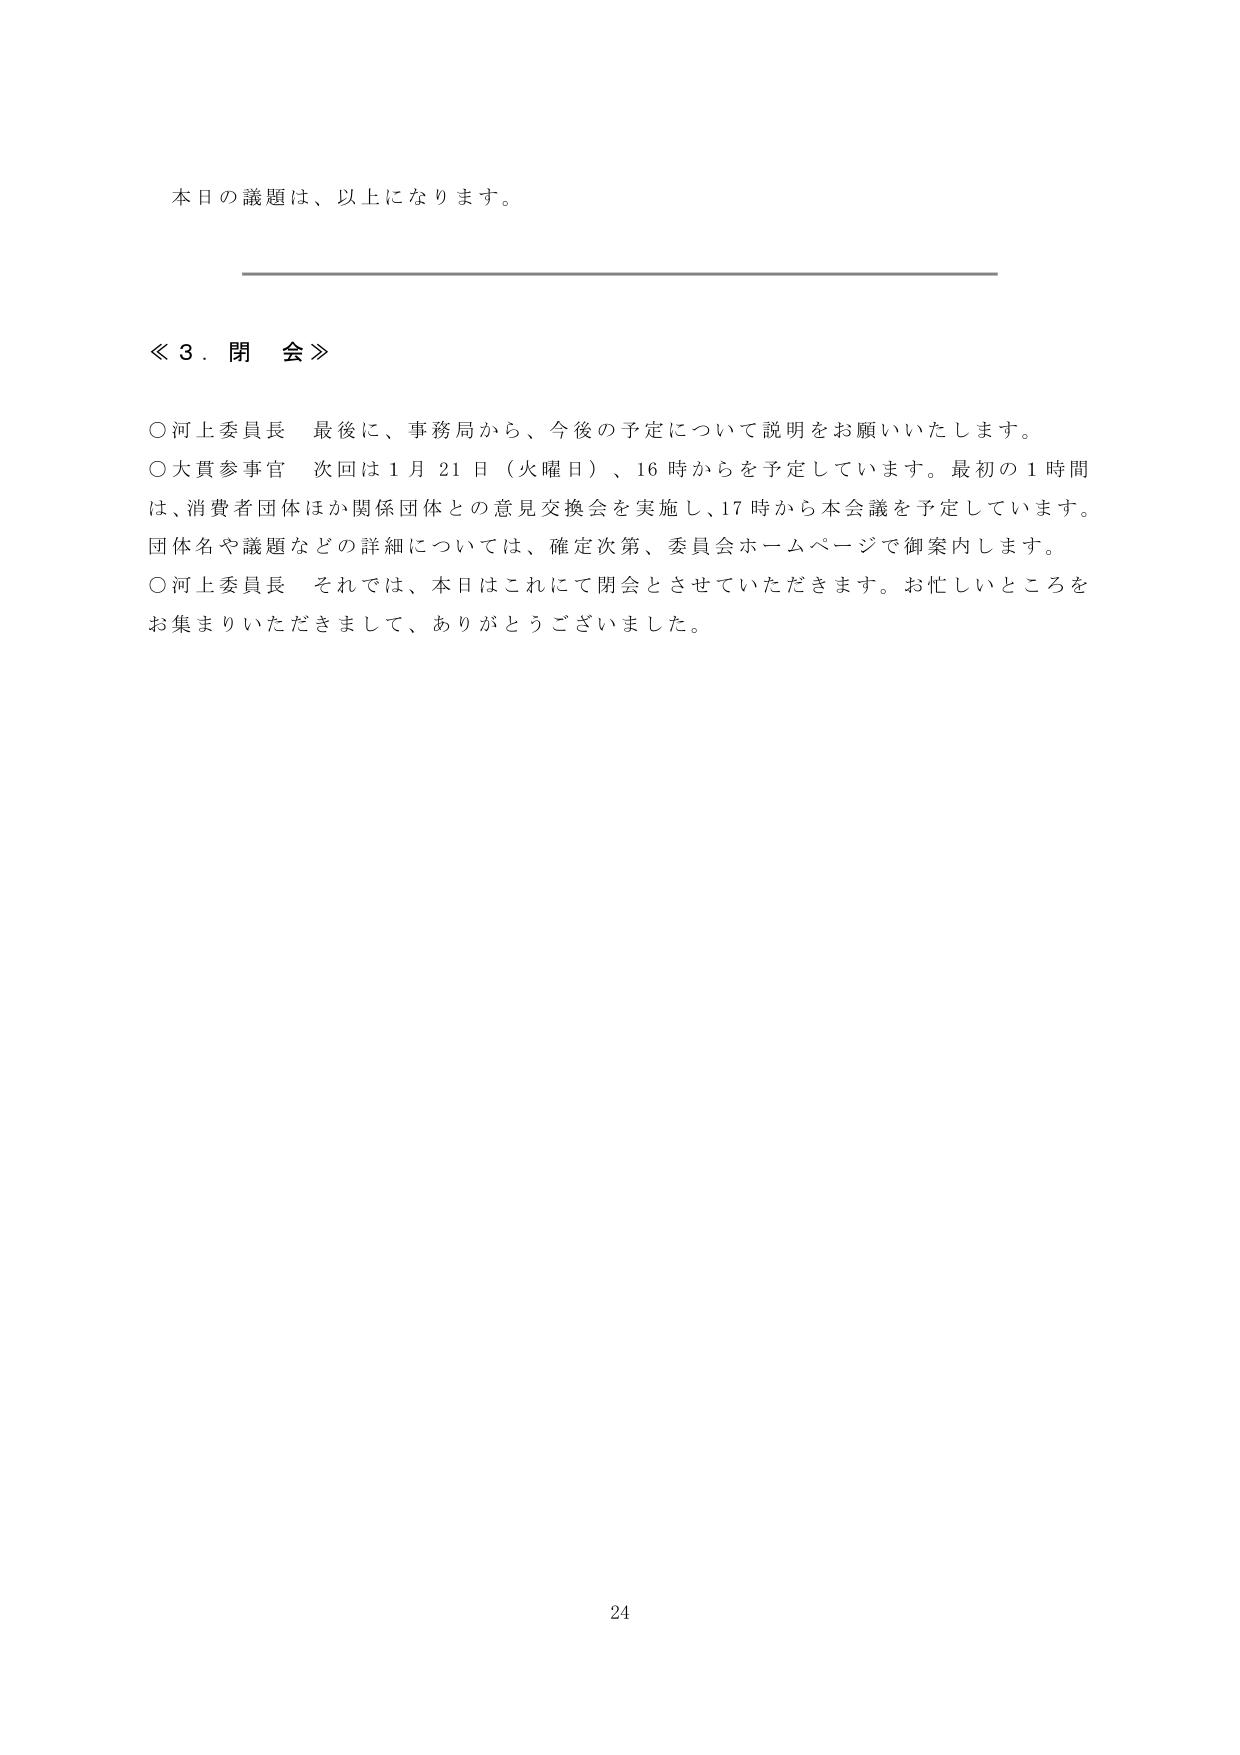
本日の議題は、以上になります。

≪３．閉会≫

○河上委員長　最後に、事務局から、今後の予定について説明をお願いいたします。
○大貫参事官　次回は１月21日（火曜日）、16時からを予定しています。最初の１時間は、消費者団体ほか関係団体との意見交換会を実施し、17時から本会議を予定しています。団体名や議題などの詳細については、確定次第、委員会ホームページで御案内します。
○河上委員長　それでは、本日はこれにて閉会とさせていただきます。お忙しいところをお集まりいただきまして、ありがとうございました。

24